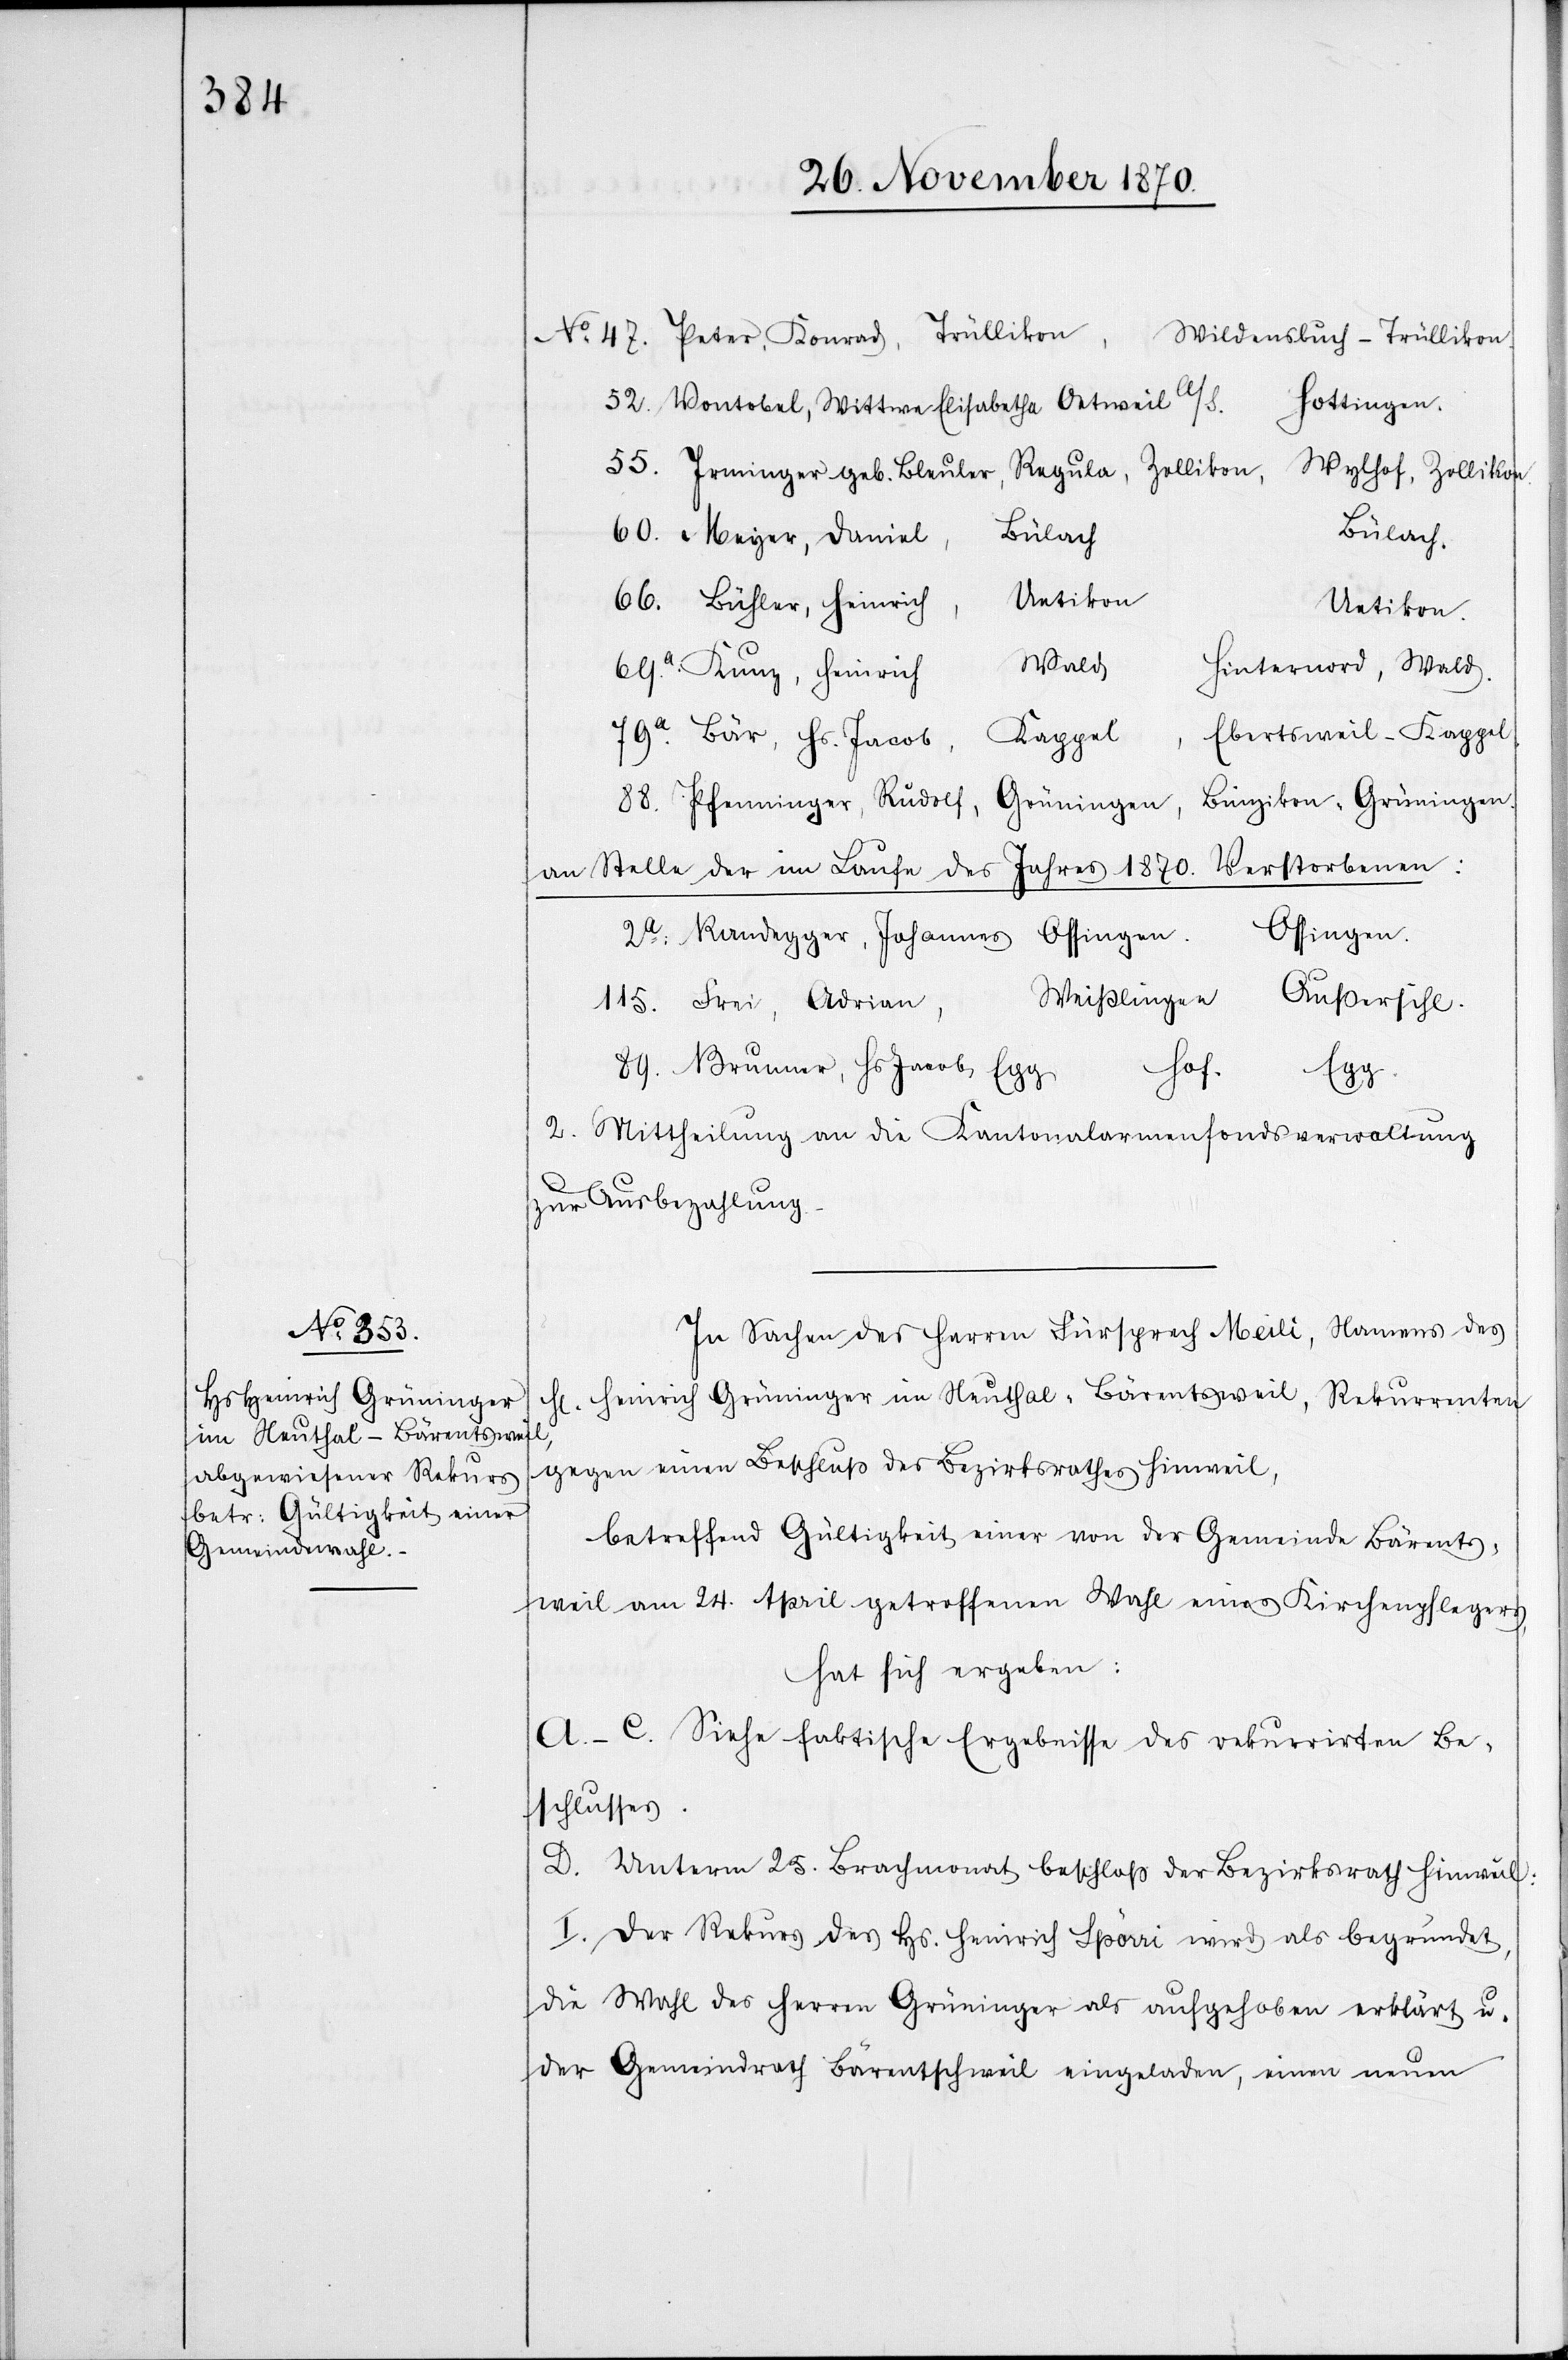
Wildensbuch - Trüllikon
Hottingen
Wylhof, Zollikon
Bülach.
Bülach
Bühler, Heinrich,
Uetikon.
Wald
Hinternord, Wald
H[e¬
Kunz, Heinrich
Ebertsweil - Kappel
Bär, Hs. Jacob,
Kappel,
an Stelle der im Laufe des Jahres 1870 Verstorbenen:
Egg.
Hof.
2. Mittheilung an die Kantonalarmenfondsverwaltung
zur Ausbezahlung.
In Sachen des Herren Fürsprech Meili, Namens des
rrn] Heinrich Grüninger im Neuthal, Bärentsweil, Rekurrenten
gegen einen Beschluß des Bezirksrathes Hinweil,
betreffend Gültigkeit einer von der Gemeinde Bärents¬
weil am 24. April getroffenen Wahl eines Kirchenpflegers
hat sich ergeben:
A–C. Siehe faktische Ergebnisse des rekurrirten Be¬
schlusses.
D. Unterm 25. Brachmonat beschloß der Bezirksrath Hinweil:
I. Der Rekurs des H[errn] Heinrich Spörri wird als begründet,
die Wahl des Herren Grüninger als aufgehoben erklärt u.
der Gemeindrath Bärentschweil eingeladen, einen neuen